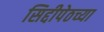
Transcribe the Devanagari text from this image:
सिद्दीपेठच्या